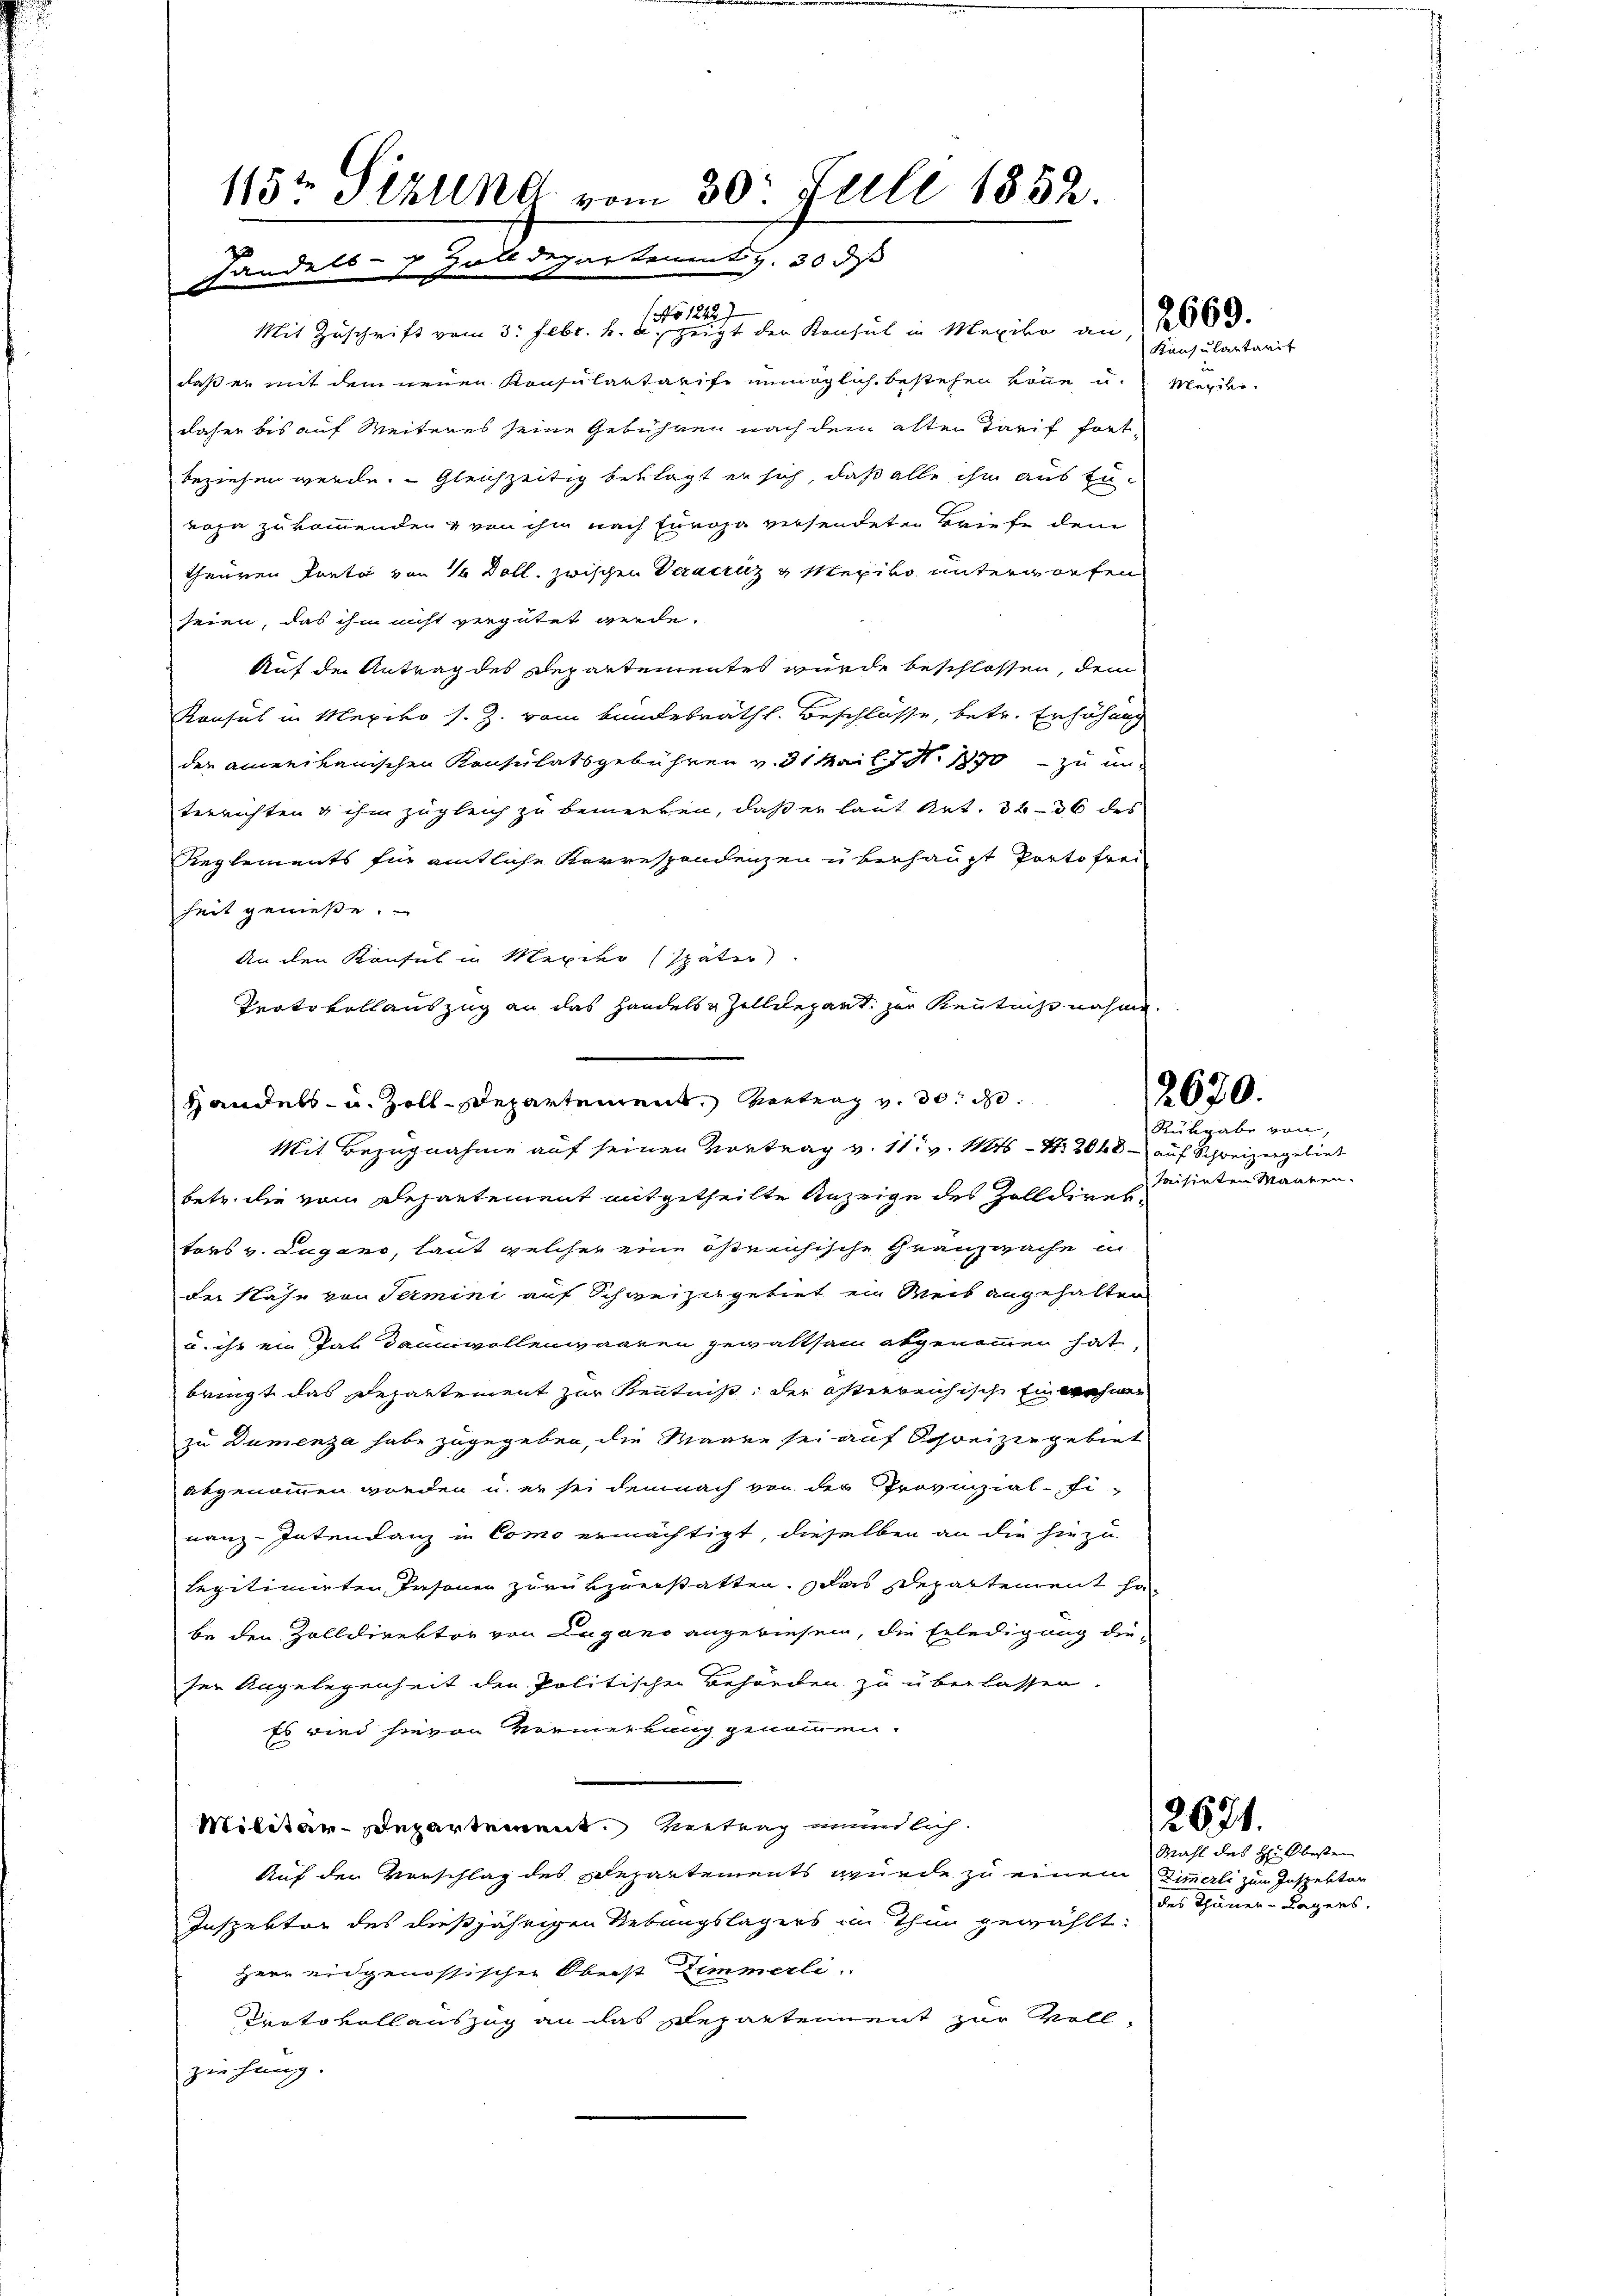
115 Sekund vom 30. Juli 1852.
Handels- & Zolldepartement v. 30 d

1 No 1242)
Mit Zuschrift vom 3. Febr. h. a. zeigt der Konsul in Mexiko an 2000.
daß er mit dem neuen Konsulartarife unmöglich bestehen könne, u. Mexikodaher bis auf Weiteres seine Gebühren nach dem alten Tarif fort-
beziehen werde. Gleichzeitig beklagt er sich, daß alle ihm aus Envoja zukommenden & von ihm nach Europa versendeten Briefe dem
theuren Ponto von 15 Doll zwischen Verantiz & Mexiko unterworfen
seien, das ihm nicht vergütet werde.
Auf der Antrag des Departementes wurde beschlossen, dem
Konsul in Mexiko s. Z. vom Bundesrath. Beschlüsse, betr. Erhöhung
der amerikanischen Konsulatsgebühren v. 31 Mai l. N. 1870 zu in
terrichten & ihm zugleich zu bemerken, daß er laut Art. 34—36 des
Reglements für amtliche Korrespondenzen überhaupt Porto frei
heit genieße.
Mit Bezugnahme auf seinen Vortrag v. 11. v. 106 N. 2040 - auf Schweizergebiet
betr. die vom Departement mitgetheilte Anzeige des Zolldirektors v. Lugano, laut welcher eine östreichische Granzwache in
der Nase von Termini auf Schweizergebiet in Weib angehalten
u. ihr ein Jar Daunvollenwaaren gewaltsam abgenommen hat,
bringt das Departement zur Kenntniß der österreichische Einwohner
zu Dumenza habe zugegeben, die Waren sei auf Schweizen gebiet
abgenommen worden u. er sei demnach von der Provinzial-Ei-
nanz-Intendanz in Como ermächtigt, dieselben an die hiezu
legitimirten, Prsonen zurükzuerstatten. Das Departement ha-
be den Zolldirektor von Lugano angewiesen, die Erledigung die-
ser Angelegenheit den Politischen Behörden zu überlassen.
Es wird hievon Vormerkung genommen.
Militär-Departement. Vertrag mündlich.
Auf den Vorschlag des Departements wurde zu einem Zimmerli zum Inspektor
Inspektor des dießjährigen Uebungslagers im Thun gewählt:
Herr eidgenössischen Oberst Zimmerli
Protokollauszug an das Departennent zur Vollziehung.

An den Konsul in Meier später
Protokollauszug an das Handels & Zolldepart. zur Kenntnißnahme.
Handels- u. Zolldepartement vertrag v. 30. d.

Konsulartarit

2670.

Rükgabe von
saisirten Maaten.

2671.

Mahl des Hikbesten
des Thuner Lagers,